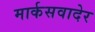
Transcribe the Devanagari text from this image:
मार्कसवादेर